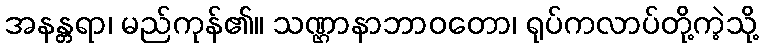
အနန္တရာ၊ မည်ကုန်၏။ သဏ္ဌာနာဘာဝတော၊ ရုပ်ကလာပ်တို့ကဲ့သို့